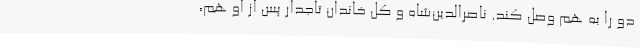
دو را به هم وصل کند. ناصر‌الدین‌شاه و کل خاندان تاجدار پس از او هم،